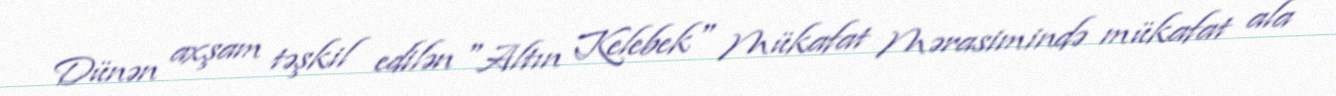
Dünən axşam təşkil edilən "Altın Kelebek" Mükafat Mərasimində mükafat ala